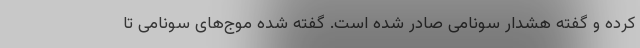
کرده و گفته هشدار سونامی صادر شده است. گفته شده موج‌های سونامی تا